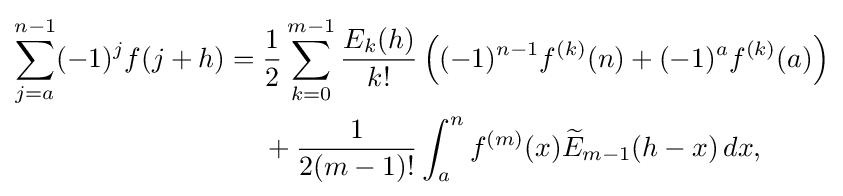
{\begin{aligned}\displaystyle \sum _{j=a}^{n-1}(-1)^{j}f(j+h)={}&{\frac {1}{2}}\sum _{k=0}^{m-1}{\frac {E_{k}(h)}{k!}}\left((-1)^{n-1}f^{(k)}(n)+(-1)^{a}f^{(k)}(a)\right)\\&{}+{\frac {1}{2(m-1)!}}\int _{a}^{n}f^{(m)}(x){\widetilde {E}}_{m-1}(h-x)\,dx,\end{aligned}}